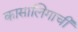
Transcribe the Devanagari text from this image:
कासालिगाची